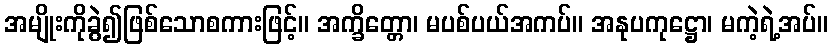
အမျိုးကိုခွဲ၍ဖြစ်သောစကားဖြင့်။ အက္ခိတ္တော၊ မပစ်ပယ်အကပ်။ အနုပကုဋ္ဌော၊ မကဲ့ရဲ့အပ်။